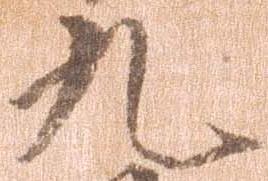
九